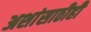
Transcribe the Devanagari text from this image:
अशांसाठीही